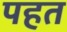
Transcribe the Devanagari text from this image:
पहत